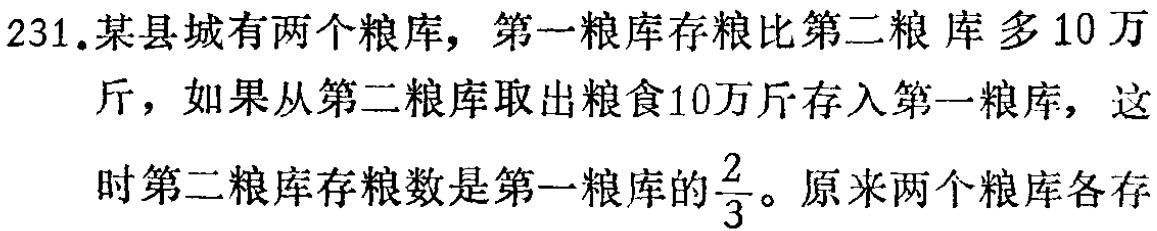
231.某县城有两个粮库，第一粮库存粮比第二粮库多10万斤，如果从第二粮库取出粮食10万斤存入第一粮库，这时第二粮库存粮数是第一粮库的$\frac{2}{3}$。原来两个粮库各存